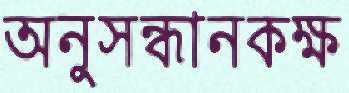
অনুসন্ধানকক্ষ